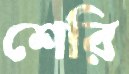
শেরি